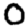
Digit: 0